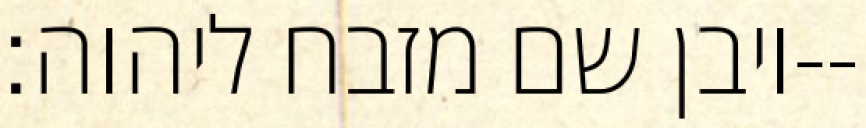
ויבן שם מזבח ליהוה׃--